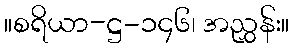
။စရိယာ-ဋ္ဌ-၁၄၆၊ အညွှန်း။